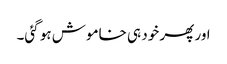
اور پھر خود ہی خاموش ہو گئی۔